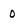
Character: 0